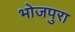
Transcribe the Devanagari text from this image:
भोजपुरा